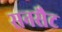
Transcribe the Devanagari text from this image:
सनसैट